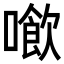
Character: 𠿮